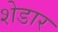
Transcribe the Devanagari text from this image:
शेडार